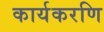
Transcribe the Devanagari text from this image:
कार्यकरणि